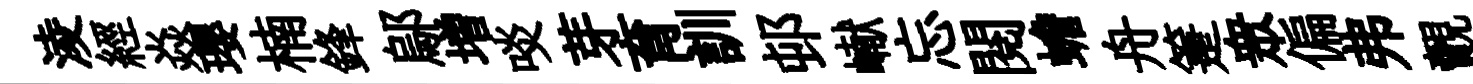
淩經焱瓔楠鋒鄔増啖芽育訓邨𪩘忘閱蟾舟箑衆偏弗覿